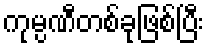
ကုမ္ပဏီတစ်ခုဖြစ်ပြီး